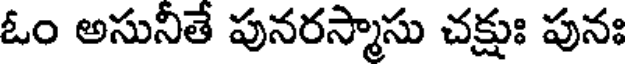
ఓం అసునీతే పునరస్మాసు చక్షుః పునః